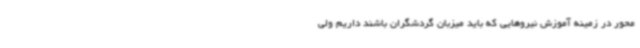
محور در زمینه آموزش نیروهایی که باید میزبان گردشگران باشند داریم ولی